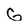
Character: G